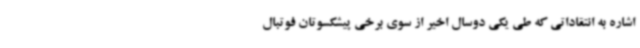
اشاره به انتقاداتی که طی یکی دوسال اخیر از سوی برخی پیشکسوتان فوتبال